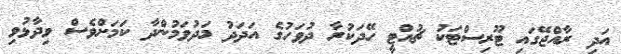
އަދި ރާއްޖޭގައި ޓޫރިސްޓަކު ޗުއްޓީ ހޭދަކުރާ ދުވަހުގެ އަދަދު މަދުވަމުންދާ ކަމަށްވެސް ވިދާޅުވި